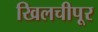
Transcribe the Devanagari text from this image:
खिलचीपूर